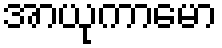
အာယုကာမော